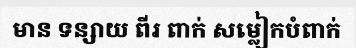
មាន ទន្សាយ ពីរ ពាក់ សម្លៀកបំពាក់